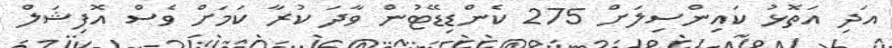
އަދި އަތޮޅު ކައިންސިލަށް 275 ކެންޑިޑޭޓުން ވާދަ ކުރާ ކަމަށް ވެސް އޮފިޝަލް